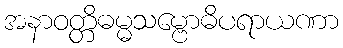
အနာဝတ္တိဓမ္မသမ္ဗောဓိပရာယဏာ